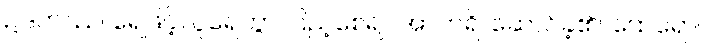
ဥဒကဿ၊ ရေဖြင့်။ ပူရေတွာ၊ ပြည့်စေ၍။ အာဟရိ၊ ဆောင်ခဲ့၏။ ထေရော၊